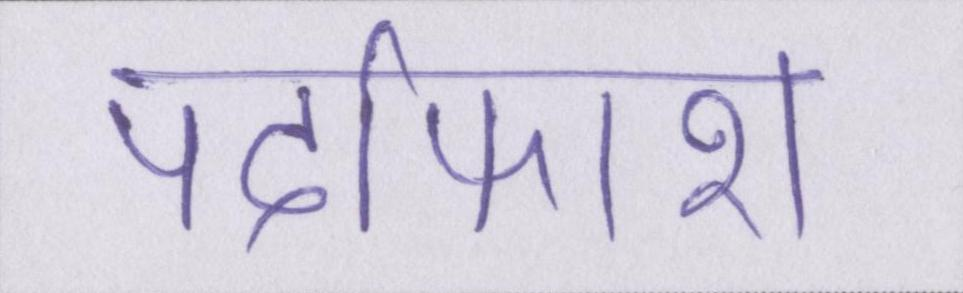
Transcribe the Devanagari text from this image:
पर्दाफाश